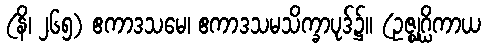
(နိ၊ ၂၆၅) ဧကာဒသမေ၊ ဧကာဒသမသိက္ခာပုဒ်၌။ (ဥဇ္ဈဂ္ဃိကာယ